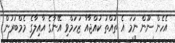
އެހެން ނޫން ނަމަ އެ ތުއްތު ކުއްޖާއާ ޒަހަމްވި އޭނާގެ އާއިލާގެ މެމްބަރުން